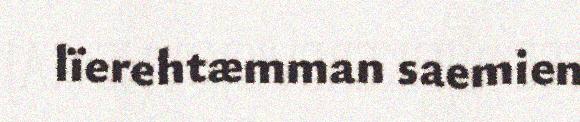
lïerehtæmman saemien